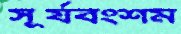
সূর্যবংশম